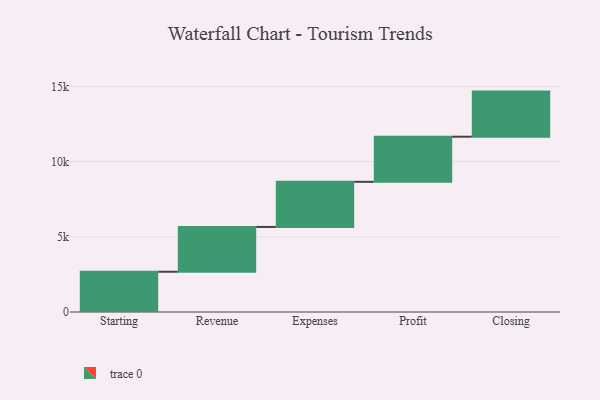
{"axis": {"x": "Step", "y": "Value"}, "legend": [""], "data": [{"x": "Starting", "y": 2677.0, "type": ""}, {"x": "Revenue", "y": 2979.0, "type": ""}, {"x": "Expenses", "y": 3000, "type": ""}, {"x": "Profit", "y": 3000, "type": ""}, {"x": "Closing", "y": 3000, "type": ""}]}